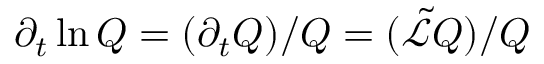
\partial _ { t } \ln Q = ( \partial _ { t } Q ) / Q = ( \tilde { \mathcal { L } } Q ) / Q